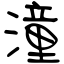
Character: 潼